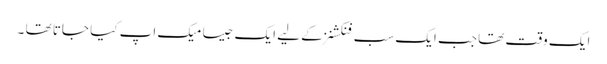
ایک وقت تھا جب ایک سب فنکشنز کے لیے ایک جیسا میک اپ کیا جاتا تھا ۔